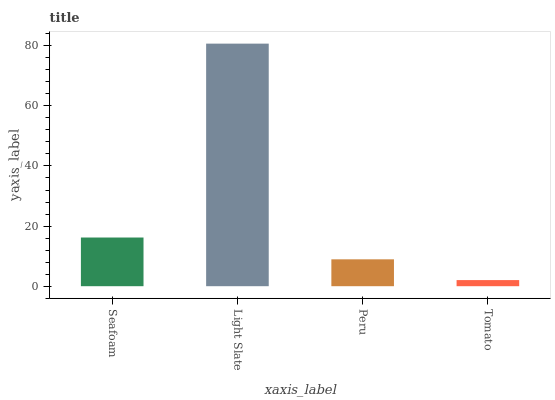
| xaxis_label | bars |
 | --- | --- |
 | Seafoam | 16.2 |
 | Light Slate | 80.7 |
 | Peru | 8.94 |
 | Tomato | 2.03 |